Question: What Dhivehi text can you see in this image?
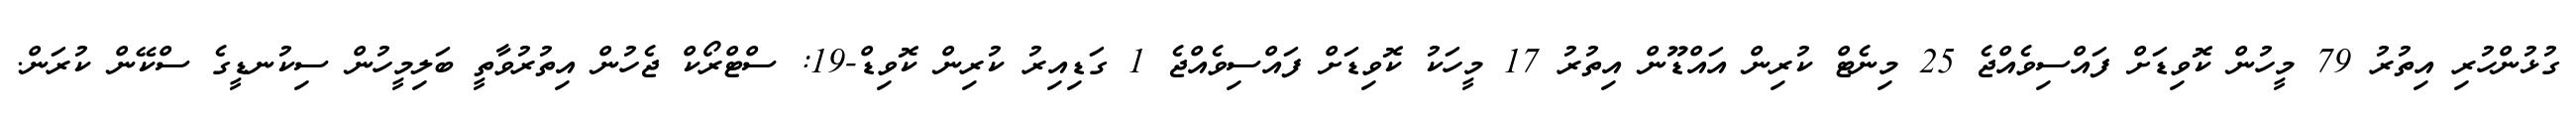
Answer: ގުޅުންހުރި އިތުރު 79 މީހުން ކޮވިޑަށް ފައްސިވެއްޖެ 25 މިނެޓް ކުރިން އައްޑޫން އިތުރު 17 މީހަކު ކޮވިޑަށް ފައްސިވެއްޖެ 1 ގަޑިއިރު ކުރިން ކޮވިޑް-19: ސްޓްރޯކް ޖެހުން އިތުރުވާތީ ބަލިމީހުން ސިކުނޑީގެ ސްކޭން ކުރަން.